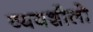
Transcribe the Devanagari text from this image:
व्ययशीलो